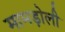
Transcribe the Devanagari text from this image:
मामड़ोली